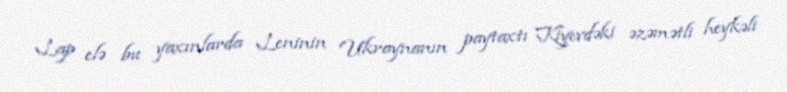
Lap elə bu yaxınlarda Leninin Ukraynanın paytaxtı Kiyevdəki əzəmətli heykəli